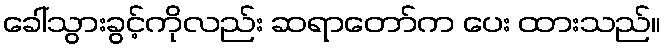
ခေါ်သွားခွင့်ကိုလည်း ဆရာတော်က ပေး ထားသည်။